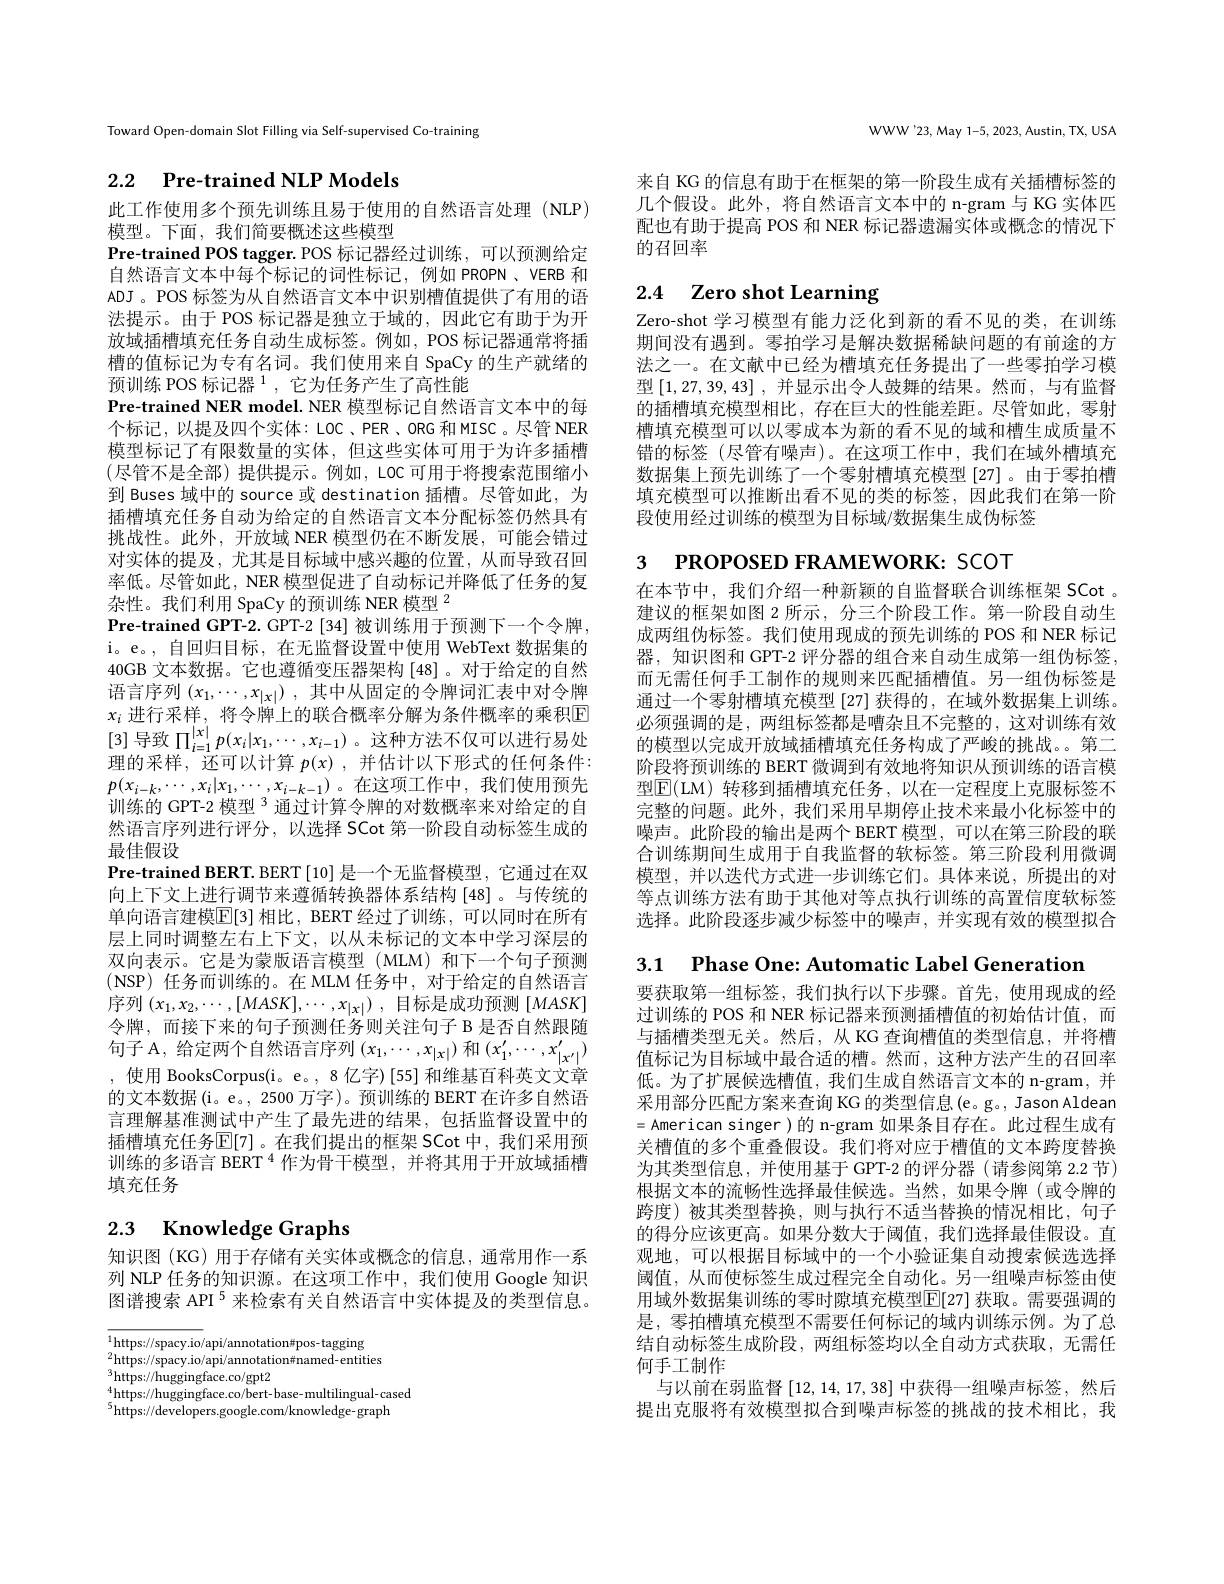
Toward Open-domain Slot Filling via Self-supervised Co-training

# 2.2 $\textbf{Pre- trained NLP Models}$

此工作使用多个预先训练且易于使用的自然语言处理(NLP)
模型。下面，我们简要概述这些模型
Pre-trained POS tagger. POS 标记器经过训练，可以预测给定自然语言文本中每个标记的词性标记，例如 PROPN、VERB 和ADJ 。POS 标签为从自然语言文本中识别槽值提供了有用的语法提示。由于 POS 标记器是独立于域的，因此它有助于为开放域插槽填充任务自动生成标签。例如，POS 标记器通常将插槽的值标记为专有名词。我们使用来自 SpaCy 的生产就绪的预训练 POS 标记器$^1$,它为任务产生了高性能
Pre-trained NER model. NER 模型标记自然语言文本中的每个标记，以提及四个实体：LOC、PER、ORG 和 MISC。尽管 NER 模型标记了有限数量的实体，但这些实体可用于为许多插槽(尽管不是全部)提供提示。例如，LOC可用于将搜索范围缩小到 Buses 域中的 source 或 destination 插槽。尽管如此，为插槽填充任务自动为给定的自然语言文本分配标签仍然具有挑战性。此外，开放域 NER 模型仍在不断发展，可能会错过对实体的提及，尤其是目标域中感兴趣的位置，从而导致召回率低。尽管如此，NER 模型促进了自动标记并降低了任务的复杂性。我们利用 SpaCy 的预训练 NER 模型$^{2}$
Pre-trained GPT-2. GPT-2 [34] 被训练用于预测下一个令牌， i。e。, 自回归目标，在无监督设置中使用 WebText 数据集的40GB 文本数据。它也遵循变压器架构[48] 。对于给定的自然语言序列$( x_1, \cdots , x_{| x| })$ ,其中从固定的令牌词汇表中对令牌$x_i$进行采样，将令牌上的联合概率分解为条件概率的乘积E [3]导致$\prod_{i=1}^{|x|}p(x_i|x_1,\cdots,x_{i-1})$ 。这种方法不仅可以进行易处理的采样，还可以计算$p( x)$ ,并估计以下形式的任何条件： $p(x_{i-k},\cdots,x_i|x_1,\cdots,x_{i-k-1})$。在这项工作中，我们使用预先训练的 GPT-2 模型$^{3}$通过计算令牌的对数概率来对给定的自然语言序列进行评分，以选择 SCot 第一阶段自动标签生成的最佳假设
Pre-trained BERT. BERT [10] 是一个无监督模型，它通过在双向上下文上进行调节来遵循转换器体系结构[48]。与传统的单向语言建模$\overline{\mathbb{E}}[3]$ 相比，BERT 经过了训练，可以同时在所有层上同时调整左右上下文，以从未标记的文本中学习深层的双向表示。它是为蒙版语言模型(MLM)和下一个句子预测(NSP) 任务而训练的。在 MLM 任务中，对于给定的自然语言序列$( x_1, x_2, \cdots , [ MASK] , \cdots , x_{| x| })$ ,目标是成功预测$[MASK]$ 令牌，而接下来的句子预测任务则关注句子 B 是否自然跟随句子 A, 给定两个自然语言序列$(x_1,\cdots,x_{|x|})$和$(x_1^{\prime},\cdots,x_{|x^{\prime}|}^{\prime})$ ,使用 BooksCorpus(i。e。, 8亿字)[55] 和维基百科英文文章的文本数据(i。e。, 2500 万字)。预训练的 BERT 在许多自然语言理解基准测试中产生了最先进的结果，包括监督设置中的插槽填充任务$\overline{\mathbb{E}}[7]$。在我们提出的框架 SCot 中，我们采用预训练的多语言 BERT $^{4}$作为骨干模型，并将其用于开放域插槽填充任务

# 2.3 Knowledge Graphs

知识图(KG)用于存储有关实体或概念的信息，通常用作一系列 NLP 任务的知识源。在这项工作中，我们使用 Google 知识图谱搜索 API $^{5}$来检索有关自然语言中实体提及的类型信息。

$\overline{^1\text{https://spacy.io}}/$api/annotation#pos-tagging ${}_{2}^{2}$https://spacy.io/api/annotation#named-entities https: / / huggingface. co/ gpt2 $\text{5. }^{4}$https: / / huggingface. co/ bert- base- multilingual- cased
$^{5}$https://developers.google.com/knowledge- graph

WWW'23,May 1-5, 2023, Austin, TX, USA

来自 KG 的信息有助于在框架的第一阶段生成有关插槽标签的几个假设。此外，将自然语言文本中的 n-gram 与 KG 实体匹配也有助于提高 POS 和 NER 标记器遗漏实体或概念的情况下的召回率

# 2.4 Zero shot Learning

Zero-shot 学习模型有能力泛化到新的看不见的类，在训练期间没有遇到。零拍学习是解决数据稀缺问题的有前途的方法之一。在文献中已经为槽填充任务提出了一些零拍学习模型[1,27,39,43],并显示出令人鼓舞的结果。然而，与有监督的插槽填充模型相比，存在巨大的性能差距。尽管如此，零射槽填充模型可以以零成本为新的看不见的域和槽生成质量不错的标签 (尽管有噪声)。在这项工作中，我们在域外槽填充数据集上预先训练了一个零射槽填充模型[27]。由于零拍槽填充模型可以推断出看不见的类的标签，因此我们在第一阶段使用经过训练的模型为目标域/数据集生成伪标签

3 РROPOSED FRAMEWORK: SCOT

在本节中，我们介绍一种新颖的自监督联合训练框架 SCot 。建议的框架如图 2 所示，分三个阶段工作。第一阶段自动生成两组伪标签。我们使用现成的预先训练的 POS 和 NER 标记器，知识图和 GPT-2 评分器的组合来自动生成第一组伪标签， 而无需任何手工制作的规则来匹配插槽值。另一组伪标签是通过一个零射槽填充模型 [27] 获得的 , 在域外数据集上训练。必须强调的是，两组标签都是嘈杂且不完整的，这对训练有效的模型以完成开放域插槽填充任务构成了严峻的挑战。第二阶段将预训练的 BERT 微调到有效地将知识从预训练的语言模型$\mathbb{E}($LM) 转移到插槽填充任务，以在一定程度上克服标签不完整的问题。此外，我们采用早期停止技术来最小化标签中的噪声。此阶段的输出是两个 BERT 模型，可以在第三阶段的联合训练期间生成用于自我监督的软标签。第三阶段利用微调模型，并以迭代方式进一步训练它们。具体来说，所提出的对等点训练方法有助于其他对等点执行训练的高置信度软标签选择。此阶段逐步减少标签中的噪声，并实现有效的模型拟合

3.1 Phase One: Automatic Label Generatior
要获取第一组标签，我们执行以下步骤。首先，使用现成的经过训练的 POS 和 NER 标记器来预测插槽值的初始估计值，而与插槽类型无关。然后，从 KG 查询槽值的类型信息，并将槽值标记为目标域中最合适的槽。然而，这种方法产生的召回率低。为了扩展候选槽值，我们生成自然语言文本的 n-gram,并采用部分匹配方案来查询 KG 的类型信息(e。g。, Jason Aldean =American singer)的 n-gram 如果条目存在。此过程生成有关槽值的多个重叠假设。我们将对应于槽值的文本跨度替换为其类型信息，并使用基于 GPT-2 的评分器 (请参阅第 2.2 节) 根据文本的流畅性选择最佳候选。当然，如果令牌(或令牌的跨度)被其类型替换，则与执行不适当替换的情况相比，句子的得分应该更高。如果分数大于阈值，我们选择最佳假设。直观地，可以根据目标域中的一个小验证集自动搜索候选选择阈值，从而使标签生成过程完全自动化。另一组噪声标签由使用域外数据集训练的零时隙填充模型$\boxed{\mathrm{E}}[27]$ 获取。需要强调的是，零拍槽填充模型不需要任何标记的域内训练示例。为了总结自动标签生成阶段，两组标签均以全自动方式获取，无需任何手工制作
与以前在弱监督[12,14,17,38]中获得一组噪声标签，然后提出克服将有效模型拟合到噪声标签的挑战的技术相比，我